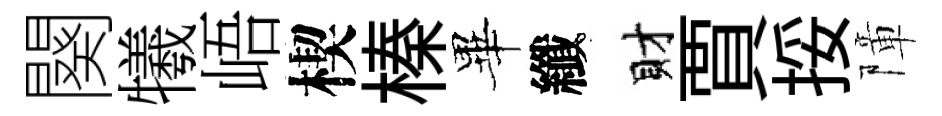
闋犧峿楔榛畢纖財賈挼障